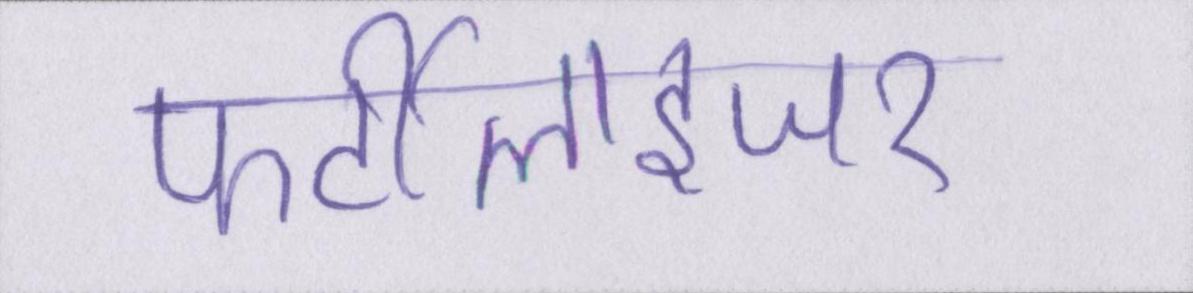
फर्टीलाइजर